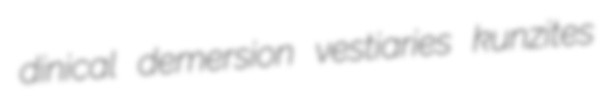
dinical demersion vestiaries kunzites